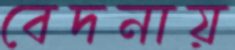
বেদনায়